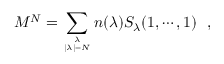
M ^ { N } = \sum _ { { \lambda \atop | \lambda | = N } } n ( \lambda ) S _ { \lambda } ( 1 , \cdots , 1 ) \, \, \, \, ,